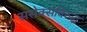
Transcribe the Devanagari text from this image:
ससेक्सविरुद्ध